画像に写った文字を読んでください
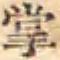
「掌」と書いてあります